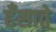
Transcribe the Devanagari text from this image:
हँसाते